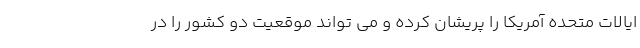
ایالات متحده آمریکا را پریشان کرده و می تواند موقعیت دو کشور را در